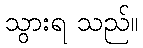
သွားရ သည်။